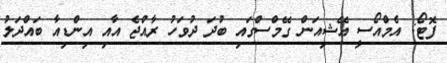
ފޮޓޯ: އެމްއޯސީ އޭޝިއަން ގޭމްސްގައި ބުދަ ދުވަހު ރާއްޖެ އާއި އިންޑިއާ ބައްދަލު